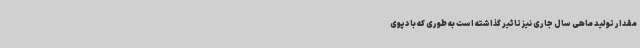
مقدار تولید ماهی سال جاری نیز تاثیر گذاشته است به طوری که با دپوی